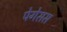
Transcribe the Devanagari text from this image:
पेगेसस